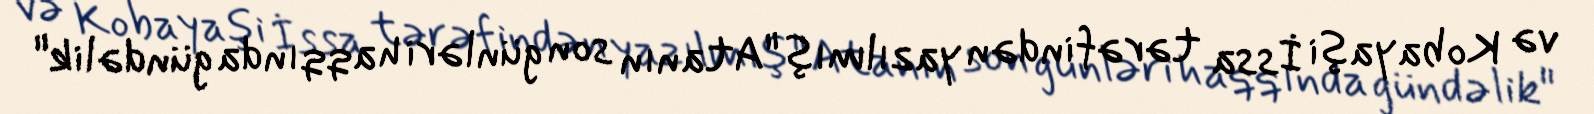
və Kobayaşi İssa tərəfindən yazılmış "Atanın son günləri haqqında gündəlik"